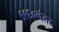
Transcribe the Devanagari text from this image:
१९६०नंतर